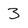
Character: 3